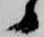
候